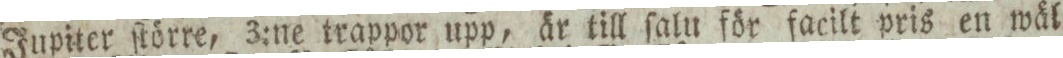
Jupiter ſtörre, 3:ne trappor upp, är till ſalu för facilt pris en wäl